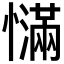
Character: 𰒙